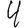
Digit: 4